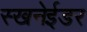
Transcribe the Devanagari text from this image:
स्खनेईडर